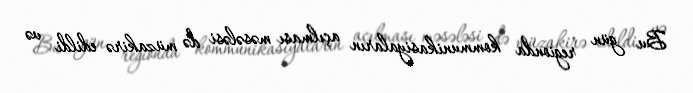
Bu gün regionda kommunikasiyaların açılması məsələsi də müzakirə edildi və